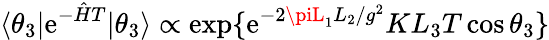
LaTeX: \langle\theta_{3}|\mathrm{e}^{-{\hat{{H}}}T}|\theta_{3}\rangle\propto\mathrm{{\mathrm{e}xp}}\{ \mathrm{e}^{-2\piL_{1}L_{2}/g^{2}}KL_{3}T\cos\theta_{3}\}